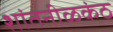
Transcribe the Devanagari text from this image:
शांतनीळकंठ